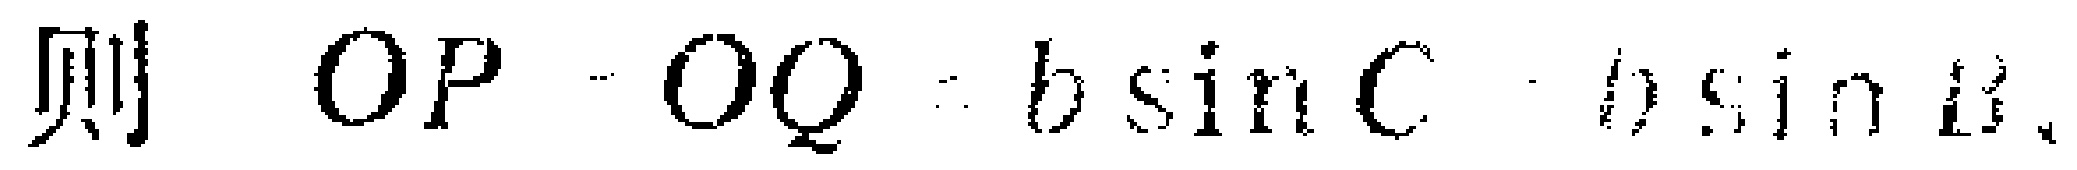
则 \(OP - OQ = b\sin C - b\sin A\)